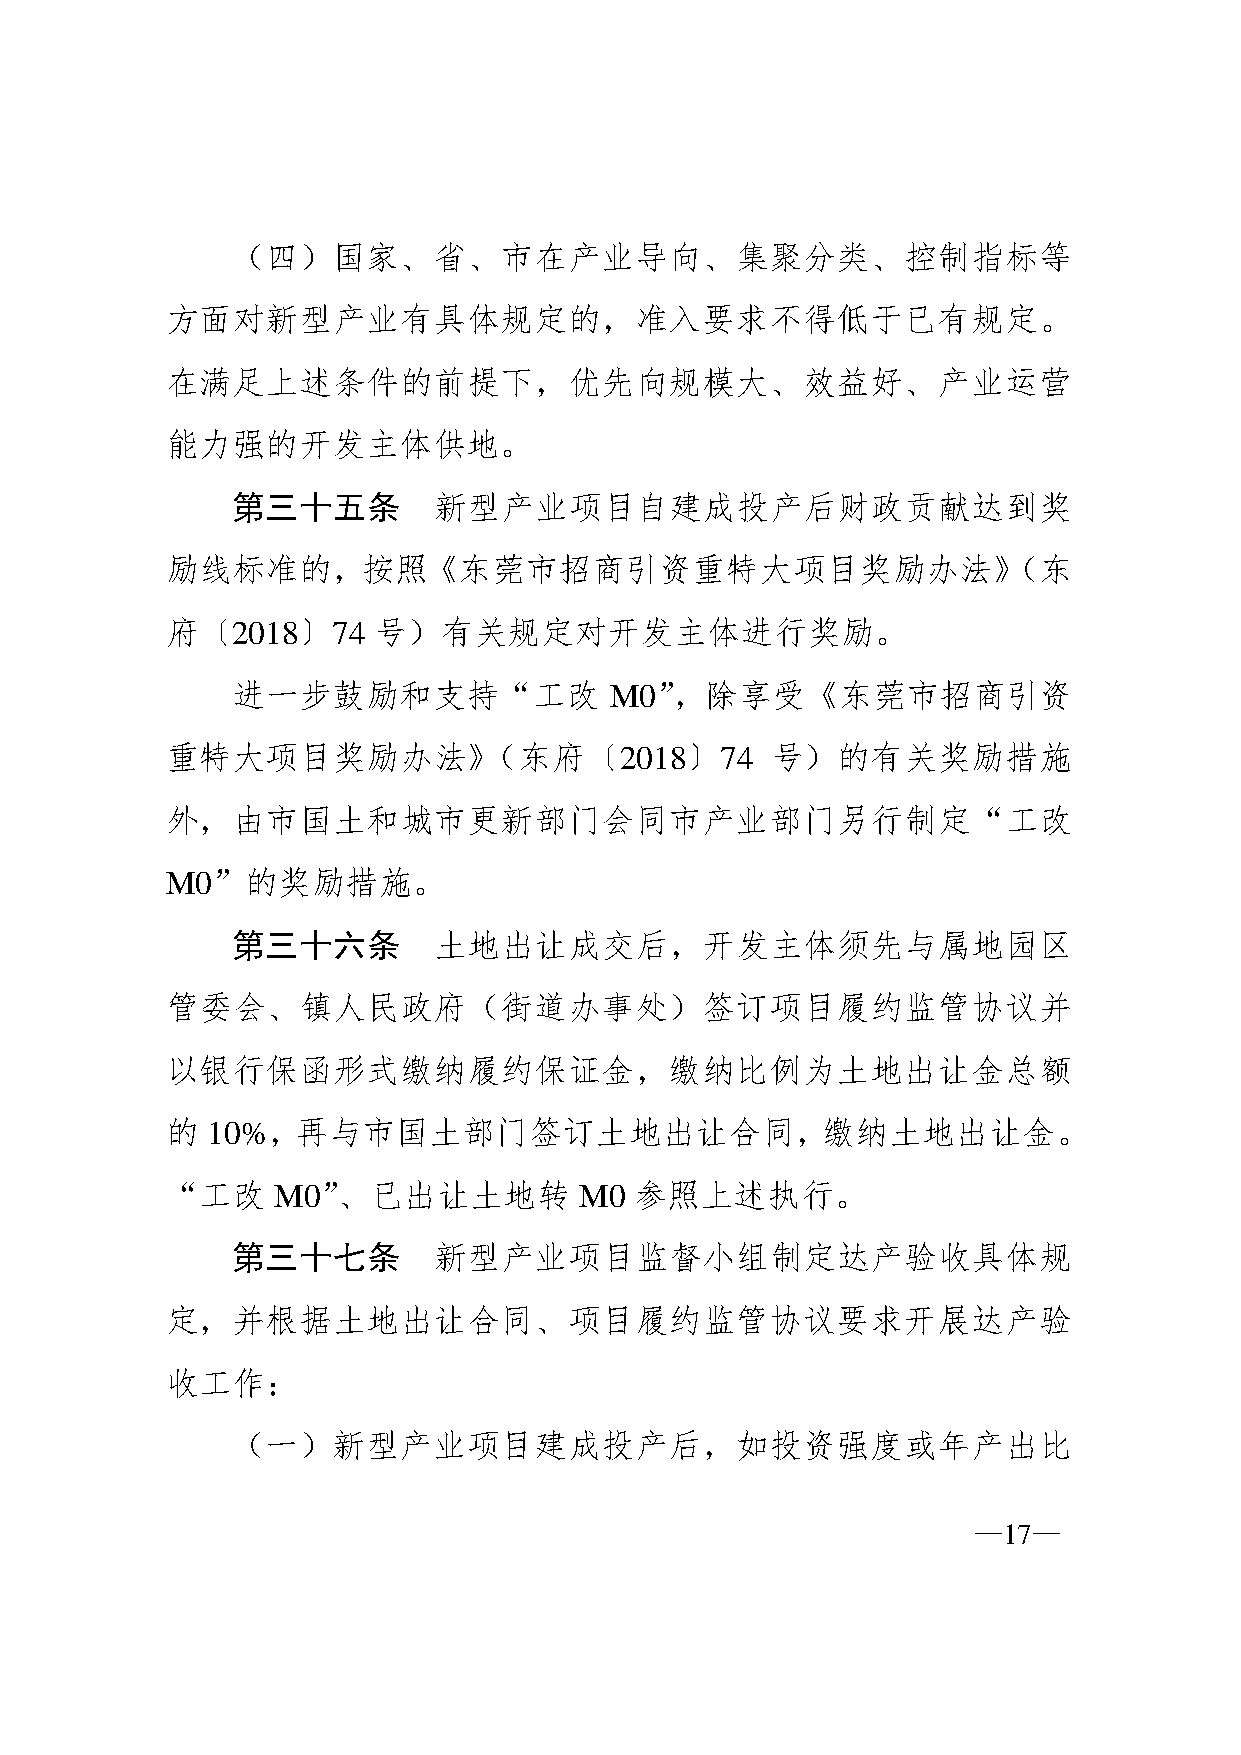
（四）国家、省、市在产业导向、集聚分类、控制指标等
 方面对新型产业有具体规定的，准入要求不得低于已有规定。
 在满足上述条件的前提下，优先向规模大、效益好、产业运营
 能力强的开发主体供地。
 第三十五条         新型产业项目自建成投产后财政贡献达到奖
 励线标准的，按照《东莞市招商引资重特大项目奖励办法》（东
 府〔2018〕74     号）有关规定对开发主体进行奖励。
 进一步鼓励和支持“工改              M0”，除享受《东莞市招商引资
 重特大项目奖励办法》（东府〔2018〕74                   号）的有关奖励措施
 外，由市国土和城市更新部门会同市产业部门另行制定“工改
 M0”的奖励措施。
 第三十六条         土地出让成交后，开发主体须先与属地园区
 管委会、镇人民政府（街道办事处）签订项目履约监管协议并
 以银行保函形式缴纳履约保证金，缴纳比例为土地出让金总额
 的  10%，再与市国土部门签订土地出让合同，缴纳土地出让金。
 “工改    M0”、已出让土地转          M0  参照上述执行。
 第三十七条         新型产业项目监督小组制定达产验收具体规
 定，并根据土地出让合同、项目履约监管协议要求开展达产验
 收工作：
 （一）新型产业项目建成投产后，如投资强度或年产出比
 —17—